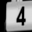
Digit: 4